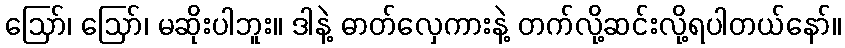
ဪ၊ ဪ၊ မဆိုးပါဘူး။ ဒါနဲ့ ဓာတ်လှေကားနဲ့ တက်လို့ဆင်းလို့ရပါတယ်နော်။